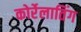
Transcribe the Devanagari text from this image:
कोर्रेलातिंग